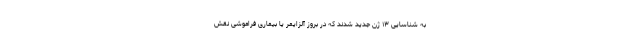
به شناسایی ۱۳ ژن جدید شدند که در بروز آلزایمر یا بیماری فراموشی نقش